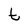
Character: t